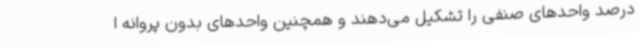
درصد واحدهای صنفی را تشکیل می‌دهند و همچنین واحدهای بدون پروانه ا